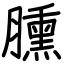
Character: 臐